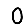
Digit: 0